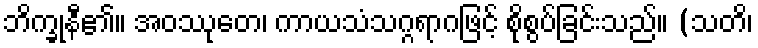
ဘိက္ခုနီ၏။ အဝဿုတေ၊ ကာယသံသဂ္ဂရာဂဖြင့် စိုစွပ်ခြင်းသည်။ (သတိ၊